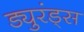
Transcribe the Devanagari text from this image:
ड्युरंड्स